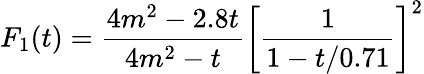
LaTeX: F_{1}(t)=\frac{4m^{2}-2.8t}{4m^{2}-t}\left[\frac{1}{1-t/0.71}\right]^{2}